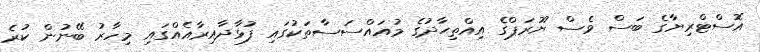
އޮސްޓްރިޔާގެ ބަސް ވެސް ޔޫރަޕްގެ އިއްތިޙާދުގެ މުއައްސަސާތަކުގައި ފުޅާދާއިރާއެއްގައި މިހާރު ބޭނުން ކުރެ